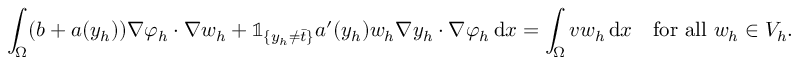
\int _ { \Omega } ( b + a ( y _ { h } ) ) \nabla \varphi _ { h } \cdot \nabla w _ { h } + \mathbb { 1 } _ { \{ y _ { h } \neq \bar { t } \} } a ^ { \prime } ( y _ { h } ) w _ { h } \nabla y _ { h } \cdot \nabla \varphi _ { h } \, \mathrm { d } x = \int _ { \Omega } v w _ { h } \, \mathrm { d } x \quad \mathrm { f o r ~ a l l ~ } w _ { h } \in V _ { h } .